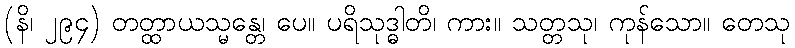
(နိ၊ ၂၉၄) တတ္ထာယသ္မန္တေ၊ ပေ။ ပရိသုဒ္ဓါတိ၊ ကား။ သတ္တသု၊ ကုန်သော။ တေသု